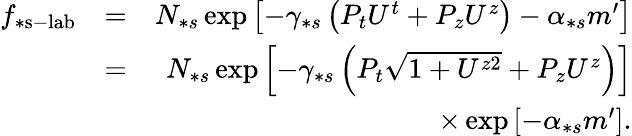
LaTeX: \begin{array}{rlr}{f_{\ast\mathrm{s-lab}}}&{=}&{N_{\ast s}\exp\left[-\gamma_{\ast s}\left(P_{t}U^{t}+P_{z}U^{z}\right)-\alpha_{\ast s}m^{\prime}\right]}\\ &{=}&{N_{\ast s}\exp\left[-\gamma_{\ast s}\left(P_{t}\sqrt{1+U^{z2}}+P_{z}U^{z}\right)\right]}\\ &{}&{\times\exp\left[-\alpha_{\ast s}m^{\prime}\right].}\end{array}